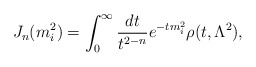
\begin{align*} J_n(m^2_i)=\int^\infty_0\frac{dt}{t^{2-n}}e^{-tm^2_i}\rho (t,\Lambda^2),\end{align*}